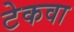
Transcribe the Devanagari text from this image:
टेकवा